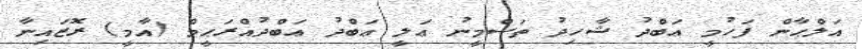
އަލްޙާން ފަހުމީ ޢަބްދު ޝާހިދު ތަސްމީނު ޢަލީ ޢަބްދު ޢަބްދުއްރަޙީމް (އާމީ) ރޮޒައިނާ